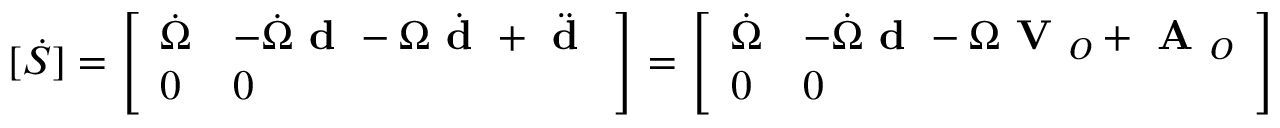
[ { \dot { S } } ] = { \left[ \begin{array} { l l } { { \dot { \Omega } } } & { - { \dot { \Omega } } { \textbf { d } } - \Omega { \dot { \textbf { d } } } + { \ddot { \textbf { d } } } } \\ { 0 } & { 0 } \end{array} \right] } = { \left[ \begin{array} { l l } { { \dot { \Omega } } } & { - { \dot { \Omega } } { \textbf { d } } - \Omega { \textbf { V } } _ { O } + { \textbf { A } } _ { O } } \\ { 0 } & { 0 } \end{array} \right] }